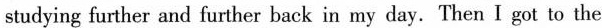
studying further and further back in my day. Then I got to the